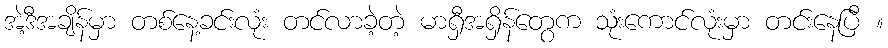
အဲ့ဒီအချိန်မှာ တစ်နေ့ခင်းလုံး တင်လာခဲ့တဲ့ မာရှီအရှိန်တွေက သုံးကောင်လုံးမှာ တင်းနေပြီ ။